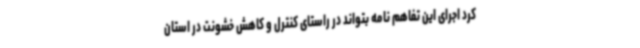
کرد اجرای این تفاهم نامه بتواند در راستای کنترل و کاهش خشونت در استان